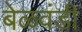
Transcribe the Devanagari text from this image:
बेळवंडी